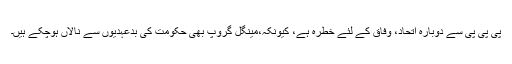
پی پی پی سے دوبارہ اتحاد، وفاق کے لئے خطرہ ہے، کیونکہ،مینگل گروپ بھی حکومت کی بدعہدیوں سے نالاں ہوچکے ہیں۔